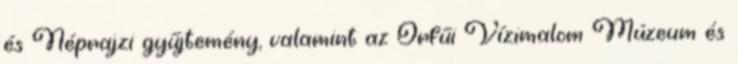
és Néprajzi gyűjtemény, valamint az Orfűi Vízimalom Múzeum és